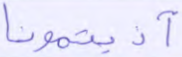
آذيتمونا